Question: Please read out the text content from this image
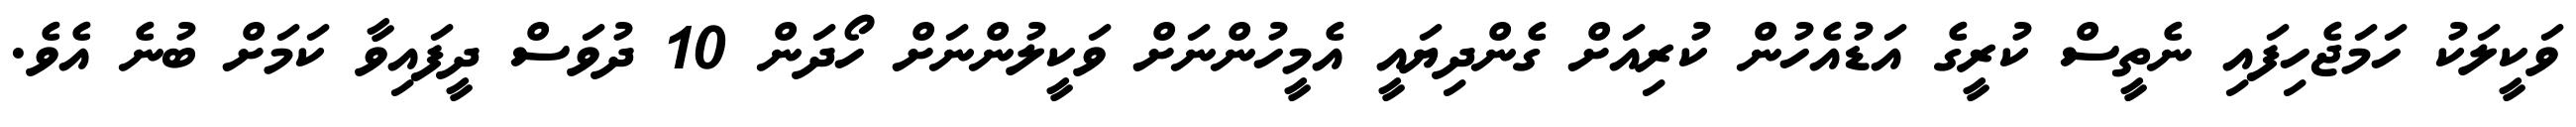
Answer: ވަކީލަކު ހަމަޖެހިފައި ނެތީސް ކުރީގެ އަޑުއެހުން ކުރިއަށް ގެންދިޔައީ އެމީހުންނަށް ވަކީލުންނަށް ހޯދަން 10 ދުވަސް ދީފައިވާ ކަމަށް ބުނެ އެވެ.